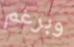
وبرغم